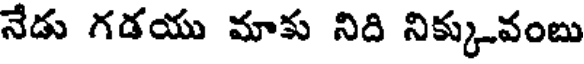
నేడు గడయు మాకు నిది నిక్కువంబు